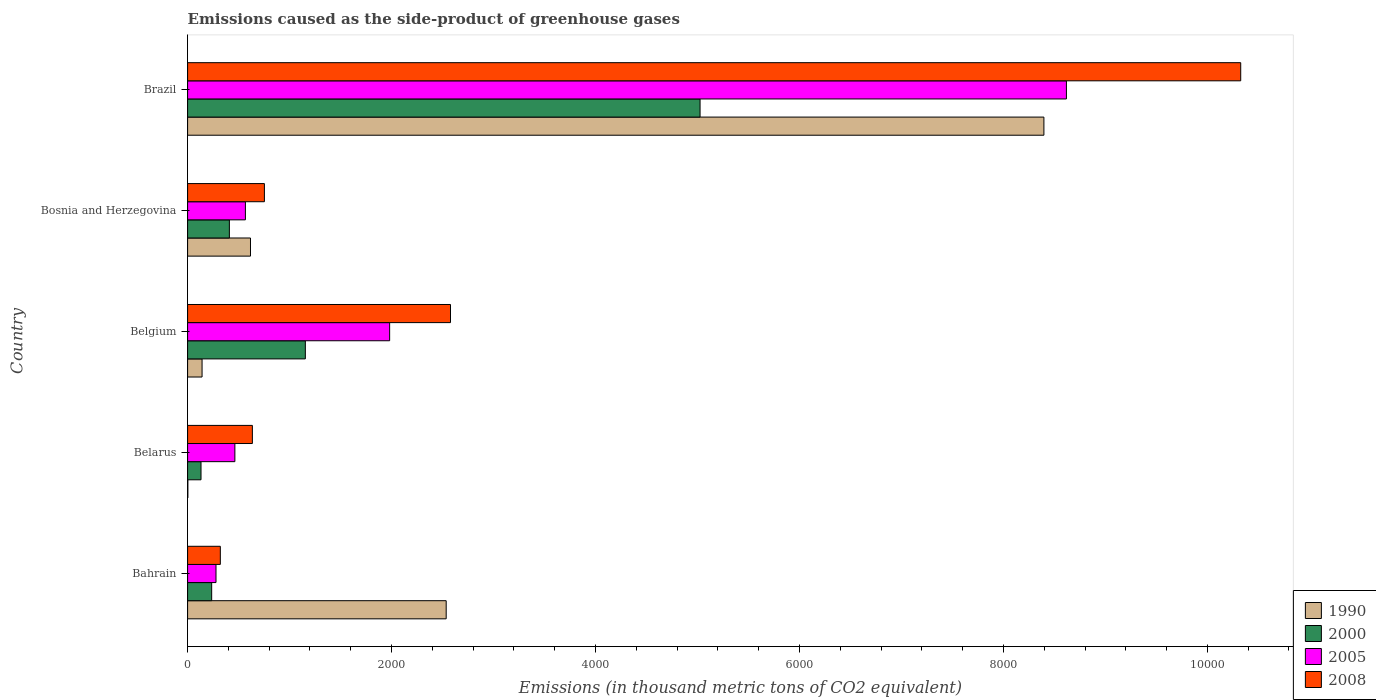
| Country | 1990 | 2000 | 2005 | 2008 |
 | --- | --- | --- | --- | --- |
 | Bahrain | 2.54e+03 | 236 | 279 | 321 |
 | Belarus | 2.6 | 132 | 464 | 635 |
 | Belgium | 142 | 1.15e+03 | 1.98e+03 | 2.58e+03 |
 | Bosnia and Herzegovina | 617 | 410 | 567 | 753 |
 | Brazil | 8.4e+03 | 5.03e+03 | 8.62e+03 | 1.03e+04 |